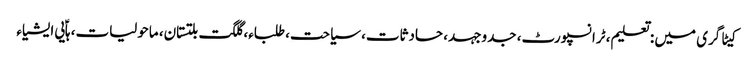
کیٹاگری میں : تعلیم، ٹرانسپورٹ، جدوجہد، حادثات، سیاحت، طلباء، گلگت بلتستان، ماحولیات، ہاؑیی ایشیاء